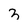
Character: 3